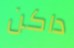
داكن